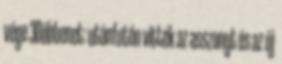
vége 3Döbbenet: utánfutón vitték az asszonyt és az új